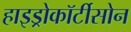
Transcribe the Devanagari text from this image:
हाइड्रोकॉर्टीसोन